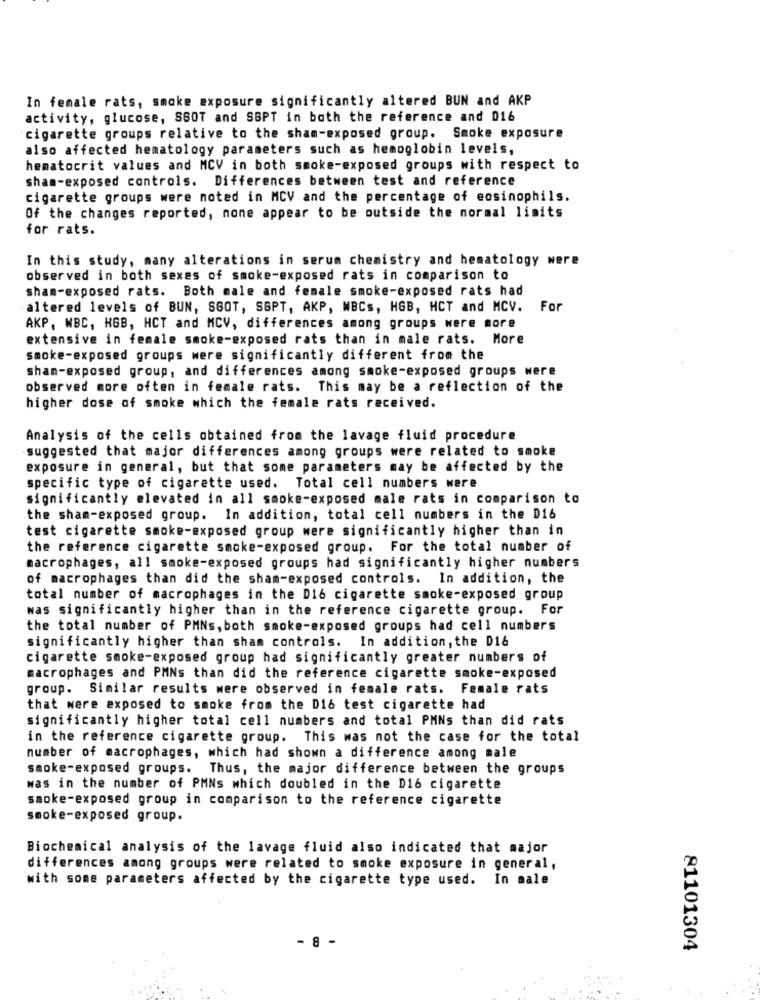
In female rats, smoke exposure significantly altered BUN and AKP
activity, glucose, SGOT and SSPT in both the reference and 016
cigarette groups relative to the sham-exposed group. Smoke exposure
also affected hematology parameters such as hemoglobin levels,
hematocrit values and MCV in both smoke-exposed groups with respect to
sham-exposed controls. Differences between test and reference
cigarette groups were noted in MCV and the percentage of eosinophils.
Of the changes reported, none appear to be outside the normal limits
for rats.
In this study, many alterations in serum chemistry and hematology were
observed in both sexes of smoke-exposed rats in comparison to
sham-exposed rats. Both male and female smoke-exposed rats had
altered levels of BUN, SGOT, SSPT, AKP, WBCs, HGB, HCT and MCV. For
AKP, WBC, HGB, HCT and MCV, differences among groups were more
extensive in female smoke-exposed rats than in male rats. More
smoke-exposed groups were significantly different from the
sham-exposed group, and differences among smoke-exposed groups were
observed more often in female rats. This may be a reflection of the
higher dose of smoke which the female rats received.
Analysis of the cells obtained from the lavage fluid procedure
suggested that major differences among groups were related to smoke
exposure in general, but that some parameters may be affected by the
specific type of cigarette used. Total cell numbers were
significantly elevated in all smoke-exposed male rats in comparison to
the sham-exposed group. In addition, total cell numbers in the D16
test cigarette smoke-exposed group were significantly higher than in
the reference cigarette smoke-exposed group. For the total number of
macrophages, all smoke-exposed groups had significantly higher numbers
of macrophages than did the sham-exposed controls. In addition, the
total number of macrophages in the D16 cigarette smoke-exposed group
was significantly higher than in the reference cigarette group. For
the total number of PMNs, both smoke-exposed groups had cell numbers
significantly higher than sham controls. In addition, the D16
cigarette smoke-exposed group had significantly greater numbers of
macrophages and PMNs than did the reference cigarette smoke-exposed
group. Similar results were observed in female rats. Female rats
that were exposed to smoke from the D16 test cigarette had
significantly higher total cell numbers and total PMNs than did rats
in the reference cigarette group. This was not the case for the total
number of macrophages, which had shown a difference among male
smoke-exposed groups. Thus, the major difference between the groups
was in the number of PMNs which doubled in the D16 cigarette
smoke-exposed group in comparison to the reference cigarette
smoke-exposed group.
Biochemical analysis of the lavage fluid also indicated that major
differences among groups were related to smoke exposure in general,
with some parameters affected by the cigarette type used. In male
- 8 -
81101304